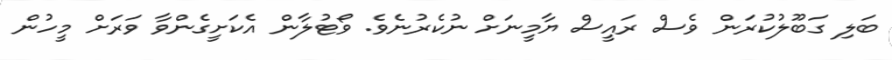
ބަލި ގަބޫލުކުރަން ވެސް ރައީސް ޔާމީނަށް ނުކެރުނެވެ. ވޯޓުލާން އެކަށީގެންވާ ވަރަށް މީހުން